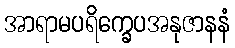
အာရာမပရိက္ခေပအနုဇာနနံ